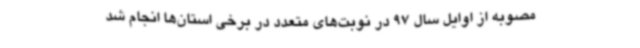
مصوبه از اوایل سال 97 در نوبت‌های متعدد در برخی استان‌ها انجام شد